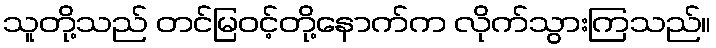
သူတို့သည် တင်မြဝင့်တို့နောက်က လိုက်သွားကြသည်။